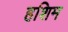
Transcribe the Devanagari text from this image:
हशिम